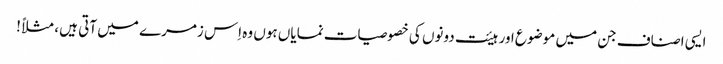
ایسی اصناف جن میں موضوع اور ہیئت دونوں کی خصوصیات نمایاں ہوں وہ اِس زمرے میں آتی ہیں ، مثلاً !